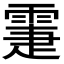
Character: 𩃖